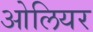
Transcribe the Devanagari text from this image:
ओलियर